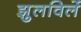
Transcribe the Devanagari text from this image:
झुलविलें